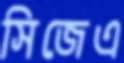
সিজেএ